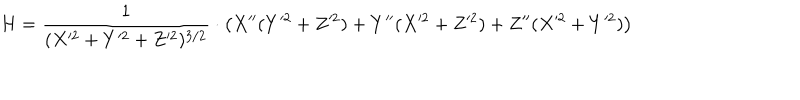
H = \frac { 1 } { ( X ^ { 2 } + Y ^ { 2 } + Z ^ { 2 } ) ^ { 3 / 2 } } \cdot \left( X ^ { \prime \prime } ( Y ^ { 2 } + Z ^ { 2 } ) + Y ^ { \prime \prime } ( X ^ { 2 } + Z ^ { 2 } ) + Z ^ { \prime \prime } ( X ^ { 2 } + Y ^ { 2 } ) \right)